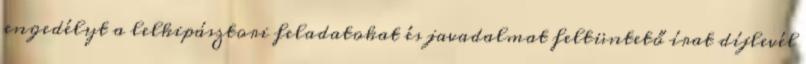
engedélyt a lelkipásztori feladatokat és javadalmat feltüntető írat díjlevél